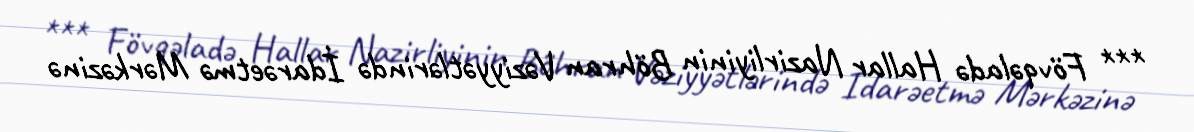
*** Fövqəladə Hallar Nazirliyinin Böhran Vəziyyətlərində İdarəetmə Mərkəzinə